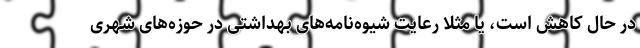
در حال کاهش است، یا مثلا رعایت شیوه‌نامه‌های بهداشتی در حوزه‌های شهری